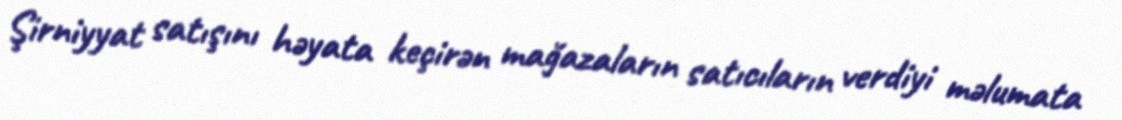
Şirniyyat satışını həyata keçirən mağazaların satıcıların verdiyi məlumata